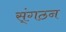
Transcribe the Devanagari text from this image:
स्ंगठन